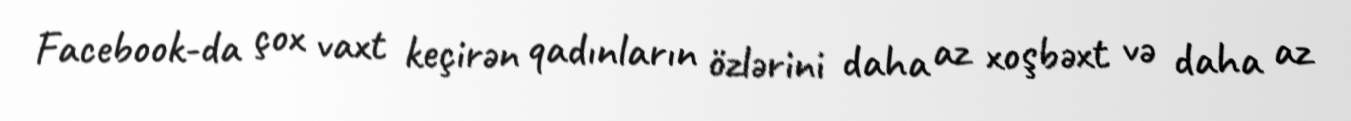
Facebook-da çox vaxt keçirən qadınların özlərini daha az xoşbəxt və daha az